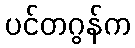
ပင်တဂွန်က